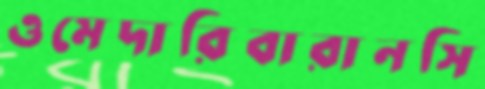
ওমেদারিবারানসি